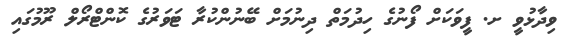
ވިދާޅުވީ ށ. ފީވަކަށް ފޯނުގެ ހިދުމަތް ދިނުމަށް ބޭނުންކުރާ ޓަވަރުގެ ކޮންޓްރޯލް ރޫމުގައި